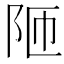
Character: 𮤼